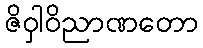
ဇိဝှါဝိညာဏတော